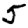
Digit: 5